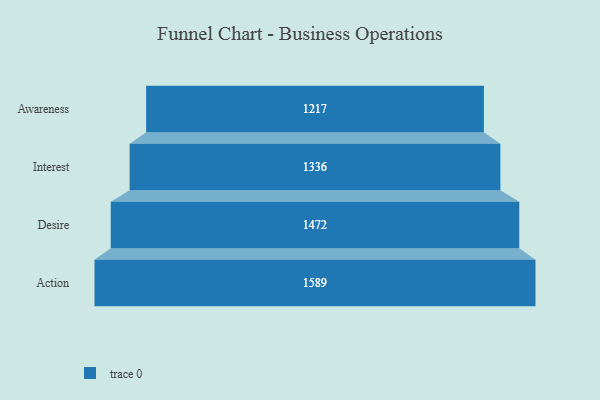
{"axis": {"x": "Stage", "y": "Value"}, "legend": [""], "data": [{"x": "Awareness", "y": 1217.0, "type": ""}, {"x": "Interest", "y": 1336.0, "type": ""}, {"x": "Desire", "y": 1472.0, "type": ""}, {"x": "Action", "y": 1589.0, "type": ""}]}